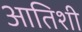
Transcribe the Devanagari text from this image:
आतिशी